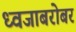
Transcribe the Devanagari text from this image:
ध्वजाबरोबर